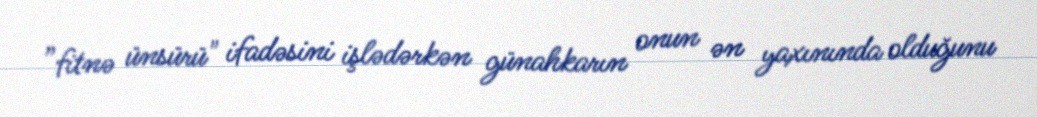
”fitnə ünsürü" ifadəsini işlədərkən günahkarın onun ən yaxınında olduğunu